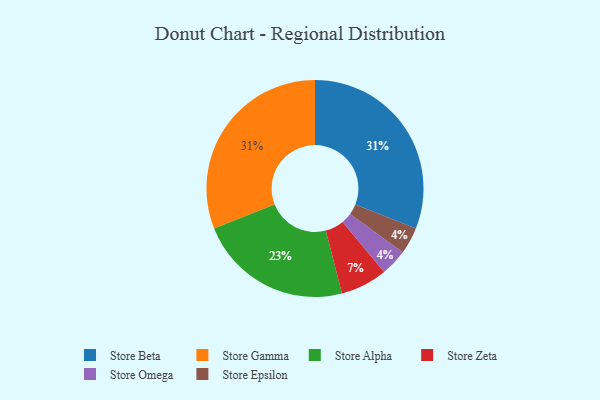
{"axis": {"x": "Category", "y": "Percentage"}, "legend": ["Store Alpha", "Store Beta", "Store Epsilon", "Store Gamma", "Store Omega", "Store Zeta"], "data": [{"x": "Store Beta", "y": 31, "type": "Store Beta"}, {"x": "Store Omega", "y": 4, "type": "Store Omega"}, {"x": "Store Alpha", "y": 23, "type": "Store Alpha"}, {"x": "Store Gamma", "y": 31, "type": "Store Gamma"}, {"x": "Store Zeta", "y": 7, "type": "Store Zeta"}, {"x": "Store Epsilon", "y": 4, "type": "Store Epsilon"}]}